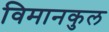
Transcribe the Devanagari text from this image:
विमानकुल